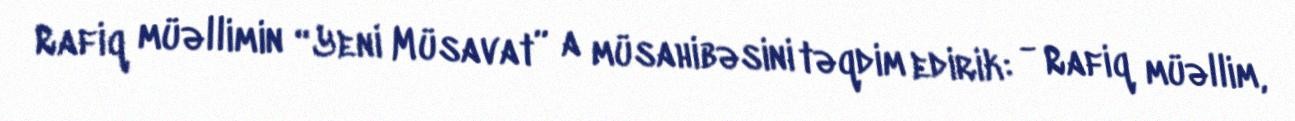
Rafiq müəllimin “Yeni Müsavat” a müsahibəsini təqdim edirik: - Rafiq müəllim,